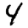
Digit: 4